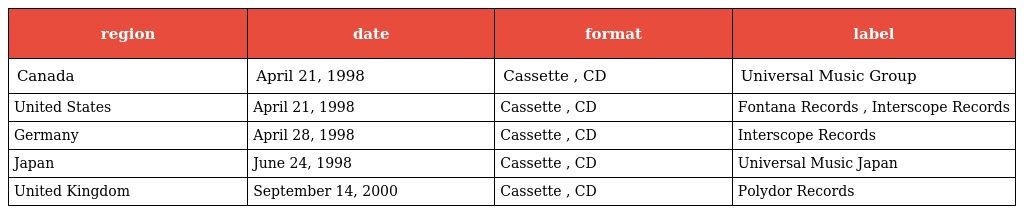
| region | date | format | label |
 | --- | --- | --- | --- |
 | Canada | April 21, 1998 | Cassette , CD | Universal Music Group |
 | United States | April 21, 1998 | Cassette , CD | Fontana Records , Interscope Records |
 | Germany | April 28, 1998 | Cassette , CD | Interscope Records |
 | Japan | June 24, 1998 | Cassette , CD | Universal Music Japan |
 | United Kingdom | September 14, 2000 | Cassette , CD | Polydor Records |